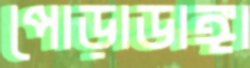
পোড়াডাঙ্গা